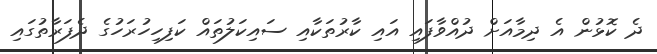
ދެ ކޮޅުން އެ ދިމާއަށް ދުއްވާފައި އައި ކާރުތަކާއި ސައިކަލުތައް ކަފިހިހުރަހުގެ ދެފަރާތުގައި